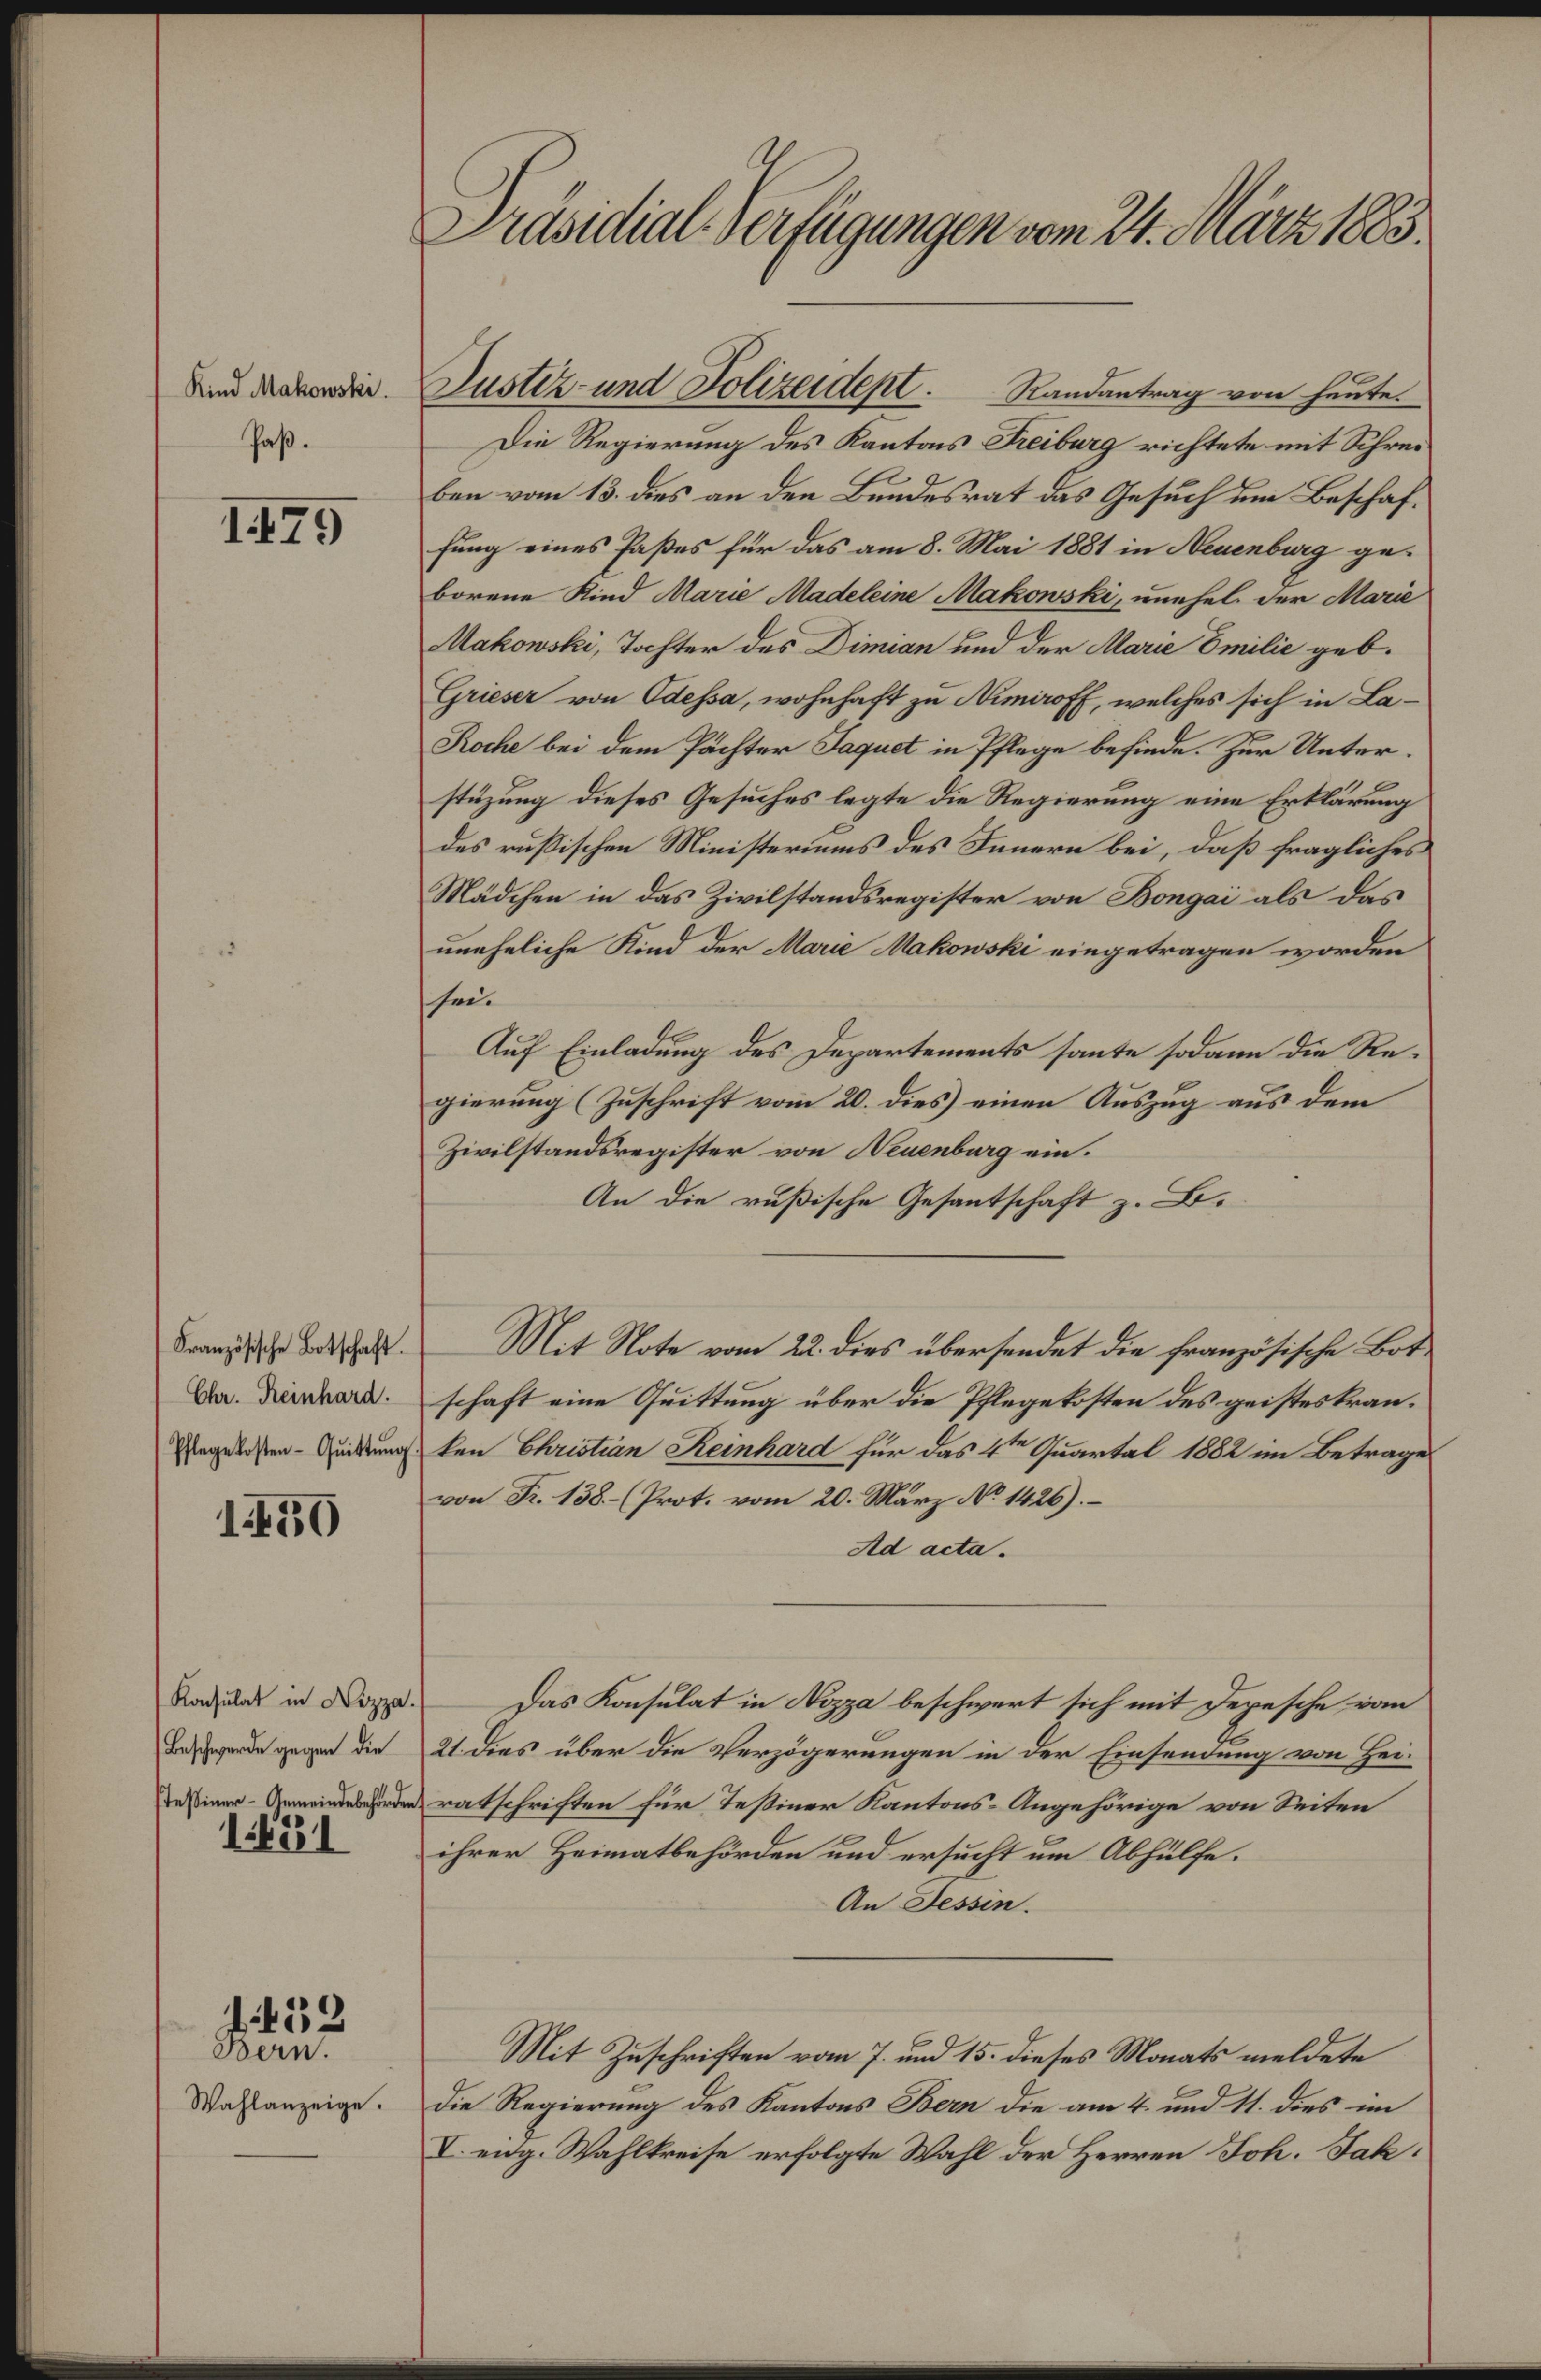
itel. Safgengee we Ut.trr 1.
Knd Aakonaki.
Pas.
8875
tastr unt SJolrenerl. Sandntag v fute
Die Regierung des Kantons Kibag richtete mit Shres¬
ben von 13. ds an den Bundestat ds Gesuch dn Beschaf
fung eines Pastes für das am 8. Mai 1881 in mebag ge
borene Kind Mari telin Makonrki, unehel. der Aru
akowili, Tachter des Dinan und dee ai Bln geb.
een von he, wohnhaft zu Aaff, welches sich in e¬
Roke bei dem Pachter Ragpal in Pflege befindes Zür Unter
stäzung dieses Gesuches legte die Rtegierung eie Eptlärung
des rufischen Misterinns des Sanern bei, daß fragliches
Mädchen in das Zivilstandsregister ve Bongn als das
uneheliche Kind de Ai Makonoki eingetragen worden
sheo.
Auf Einladuung das Dezpartements sonte sadann die Re¬.
girrung Zuschrift vom 20. dies einen rszag aus der
zwilstandsregister von nbag ein.
An die rußische Gesantschaft z. B.
Bornzffsthe Batschaft.
Br. Renkart.
Pflegekosten- Gutung
18850
Me Mite vom 22. dies übersendet die franzusesche e.
schaft eine ettung über die Pflegeksten des geistestran.
ten Clautian Keinhart für das 48e sartal 1882 im Beträge
von S. 188Prot. vom 20. März a M2b7.
t ada.
Konhulat in Cppal.
Baspsrerde gaegen de
tassiner Aeiedeschenkes
1t
Ddas Konsulat ir pze beschwert sich mit Dezesch von
t dies über die Verzögerungen in der Einsenung von Hei¬
ratschriften für Testiner Kantons- Angehörige von Siten
ihrer Heimatbehörden uad ersucht um Abhllfe.
An ewin.
4488
ean.
Wahlanzeige.
Mit Zuschrifsten von 7 und 18. deses Mnatks velkt
die Regierung des Kantons an die am 4. und 44. des in
I eng. Wahltreise erfolgte Wahlt der Herren Sok. Sak¬